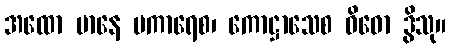
အထော မာနေ ပကာရေစ၊ ကောဋ္ဌာသေစ ဝိဓော ဒွိသု။